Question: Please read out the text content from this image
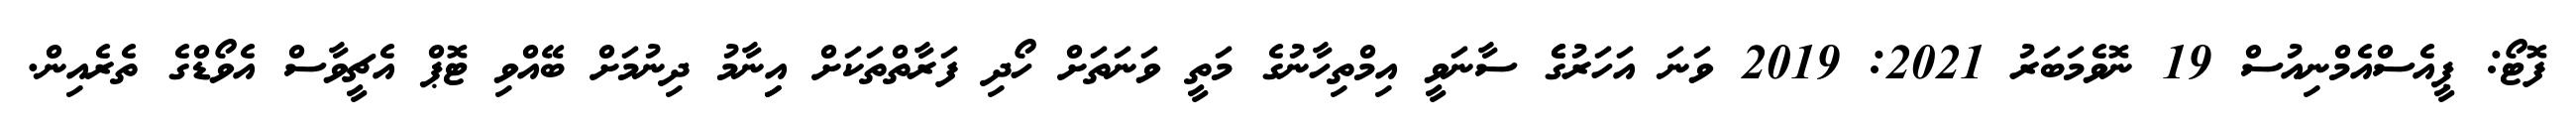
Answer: ފޮޓޯ: ޕީއެސްއެމްނިއުސް 19 ނޮވެމަބަރު 2021: 2019 ވަނަ އަހަރުގެެ ސާނަވީ އިމްތިހާނުގެ މަތީ ވަނަތަށް ހޯދި ފަރާތްތަކަށް އިިނާމު ދިނުމަށް ބޭއްވި ޓޮޕް އެޗީވާސް އެވޯޑްގެ ތެރެއިން.